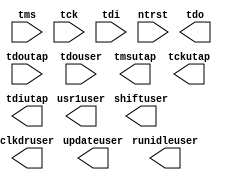
module  cycloneii_jtag_1 (tms, tck, tdi, ntrst, tdoutap, tdouser, tdo, tmsutap, tckutap, tdiutap, shiftuser, clkdruser, updateuser, runidleuser, usr1user);
	input    tms, tck, tdi, ntrst, tdoutap, tdouser;
	output   tdo, tmsutap, tckutap, tdiutap, shiftuser, clkdruser;
	output	updateuser, runidleuser, usr1user;
   parameter lpm_type = "cycloneii_jtag";
	initial
	begin
	end
	always @(tms or tck or tdi or ntrst or tdoutap or tdouser) 
	begin 
	end
endmodule